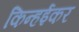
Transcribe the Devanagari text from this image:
किन्हईकर